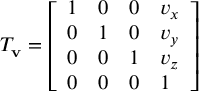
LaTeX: T _ { \mathbf { v } } = { \left[ \begin{array} { l l l l } { 1 } & { 0 } & { 0 } & { v _ { x } } \\ { 0 } & { 1 } & { 0 } & { v _ { y } } \\ { 0 } & { 0 } & { 1 } & { v _ { z } } \\ { 0 } & { 0 } & { 0 } & { 1 } \end{array} \right] }